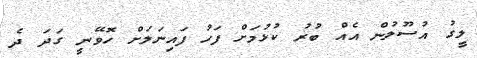
ލީގު އުސޫލުން އެއް ބުރު ކުޅުމަށް ފަހު ފައިނަލަށް ހޮވޭނީ ގަދަ ދެ